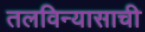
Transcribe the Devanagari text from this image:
तलविन्यासाची